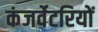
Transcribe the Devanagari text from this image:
कंजर्वेटरियों